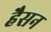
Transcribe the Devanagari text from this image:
हैसन